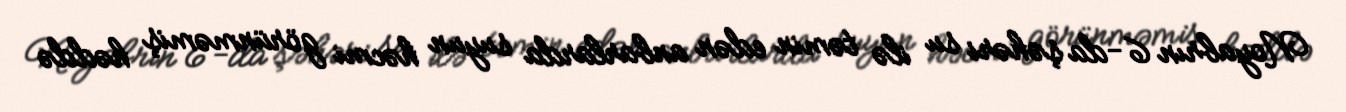
Noyabrın 6-da şəhəri su ilə təmin edən anbarlarda suyun həcmi görünməmiş həddə